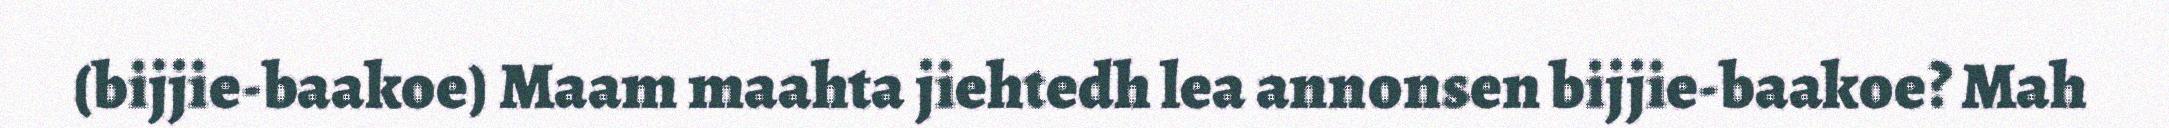
(bijjie-baakoe) Maam maahta jiehtedh lea annonsen bijjie-baakoe? Mah